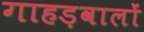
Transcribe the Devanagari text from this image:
गाहड़वालों